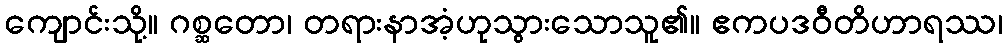
ကျောင်းသို့။ ဂစ္ဆတော၊ တရားနာအံ့ဟုသွားသောသူ၏။ ဧကပဒဝီတိဟာရဿ၊